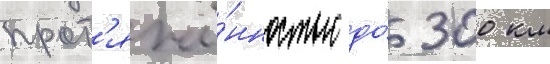
прот'яжё́нностью до́ 300 км